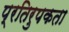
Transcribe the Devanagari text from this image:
प्रतिरुपकता